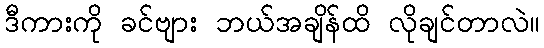
ဒီကားကို ခင်ဗျား ဘယ်အချိန်ထိ လိုချင်တာလဲ။